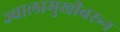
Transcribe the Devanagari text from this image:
ज्वालामुखीवरून